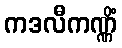
ကဒလီကဏ္ဏိံ